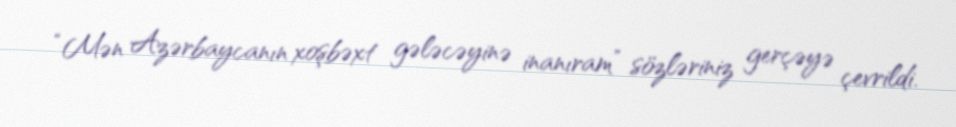
“Mən Azərbaycanın xoşbəxt gələcəyinə inanıram” sözləriniz gerçəyə çevrildi.